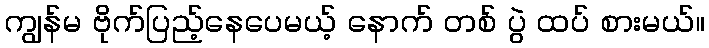
ကျွန်မ ဗိုက်ပြည့်နေပေမယ့် နောက် တစ် ပွဲ ထပ် စားမယ်။